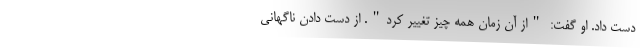
دست داد. او گفت: "از آن زمان همه چیز تغییر کرد". از دست دادن ناگهانی